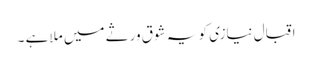
اقبال نیازی کو یہ شوق ورثے میں ملا ہے ۔